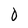
Character: 0